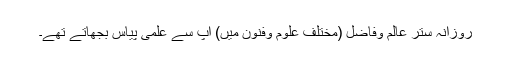
روزانہ ستر عالم وفاضل (مختلف علوم وفنون میں) آپ سے علمی پیاس بجھاتے تھے۔